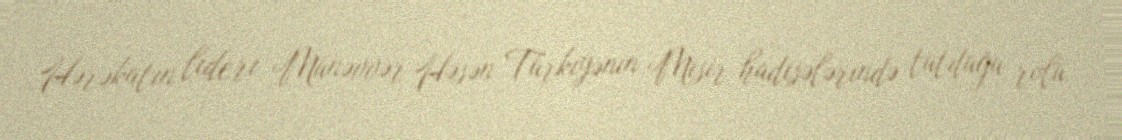
Hərəkatın lideri Münəvvər Həsən Türkiyənin Misir hadisələrində tutduğu rolu